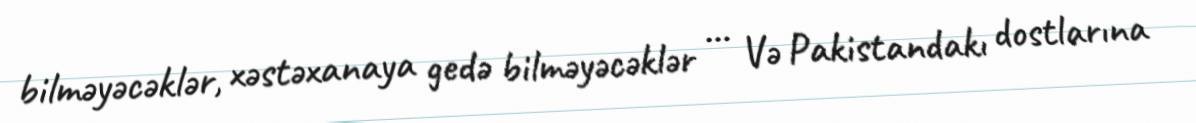
bilməyəcəklər, xəstəxanaya gedə bilməyəcəklər ... Və Pakistandakı dostlarına